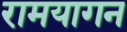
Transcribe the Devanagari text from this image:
रामयागन